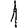
Digit: 1